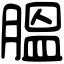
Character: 膃